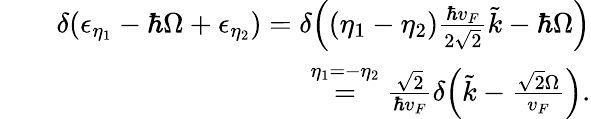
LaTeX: \begin{array}{rlr}&{}&{\delta{\left(\epsilon_{\eta_{1}}-\hbar\Omega+\epsilon_{\eta_{2}}\right)}=\delta{\left((\eta_{1}-\eta_{2})\frac{\hbar v_{F}}{2\sqrt{2}}\tilde{k}-\hbar\Omega\right)}}\\ &{}&{\stackrel{\eta_{1}=-\eta_{2}}{=}\frac{\sqrt{2}}{\hbar v_{F}}\delta{\left(\tilde{k}-\frac{\sqrt{2}\Omega}{v_{F}}\right)}.}\end{array}